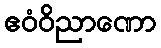
ဧဝံဝိညာဏော